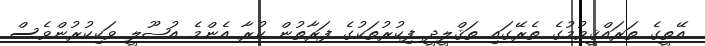
އޭތީގެ ތަރައްޤީވުމުގެ ތެރޭގައި ތަޤްލީދީ ފިކުރުތަކުގެ ފަރާތުން ކުރާ އެންމެ އުޞޫލީ ވަކިކުރުންވެސް